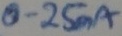
Text: 0.25mA